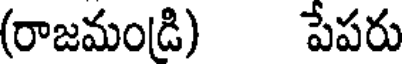
(రాజమండి) పేపరు